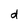
Character: d